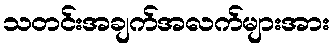
သတင်းအချက်အလက်များအား